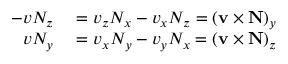
\begin{array} { r l } { - v N _ { z } } & { { } = v _ { z } N _ { x } - v _ { x } N _ { z } = \left( \mathbf { v } \times \mathbf { N } \right) _ { y } } \\ { v N _ { y } } & { { } = v _ { x } N _ { y } - v _ { y } N _ { x } = \left( \mathbf { v } \times \mathbf { N } \right) _ { z } } \end{array}